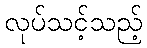
လုပ်သင့်သည့်